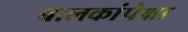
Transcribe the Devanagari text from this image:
बालकांपेक्षा